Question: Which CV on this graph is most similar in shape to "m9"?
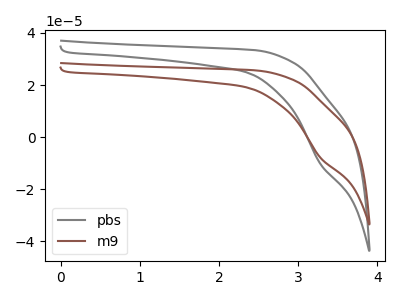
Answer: <think>The gray curve "pbs" has a cathodic peak at: (3.30V, -10.25uA). The brown curve "m9" has a cathodic peak at: (3.30V, -7.90uA).
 All the peaks in "pbs" have a peak in "m9" at the same potential. Every peak in "pbs" is higher than every peak in "m9".</think>
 <answer>The CV with the most similar shape to "pbs" is "m9".</answer>
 <eval>"m9"</eval>